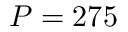
P = 2 7 5